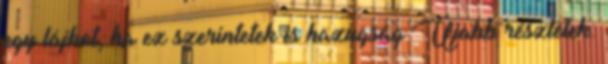
egy lájkot, ha ez szerintetek is hazugság Újabb részletek: